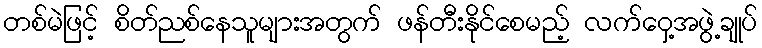
တစ်မဲဖြင့် စိတ်ညစ်နေသူများအတွက် ဖန်တီးနိုင်စေမည့် လက်ဝှေ့အဖွဲ့ချုပ်